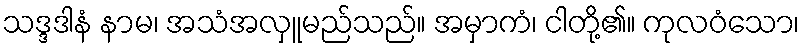
သဒ္ဒဒါနံ နာမ၊ အသံအလှူမည်သည်။ အမှာကံ၊ ငါတို့၏။ ကုလဝံသော၊